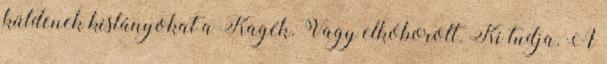
küldenek kislányokat a Kagék. Vagy elkóborolt. Ki tudja. A